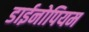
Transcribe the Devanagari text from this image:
डाईनोपियम